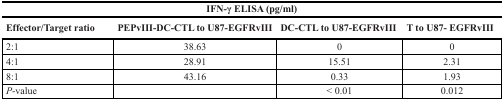
| <COLSPAN=4> IFN-γ ELISA (pg/ml) |
 | Effector/Target ratio | PEPvIII-DC-CTL to U87-EGFRvIII | DC-CTL to U87-EGFRvIII | T to U87- EGFRvIII |
 | --- | --- | --- | --- |
 | 2:1 | 38.63 | 0 | 0 |
 | 4:1 | 28.91 | 15.51 | 2.31 |
 | 8:1 | 43.16 | 0.33 | 1.93 |
 | P-value |  | < 0.01 | 0.012 |